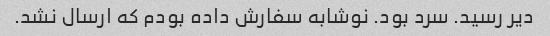
دیر رسید. سرد بود. نوشابه سفارش داده بودم که ارسال نشد.